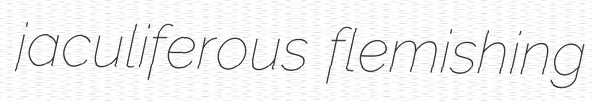
jaculiferous flemishing